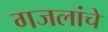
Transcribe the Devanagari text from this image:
गजलांचे